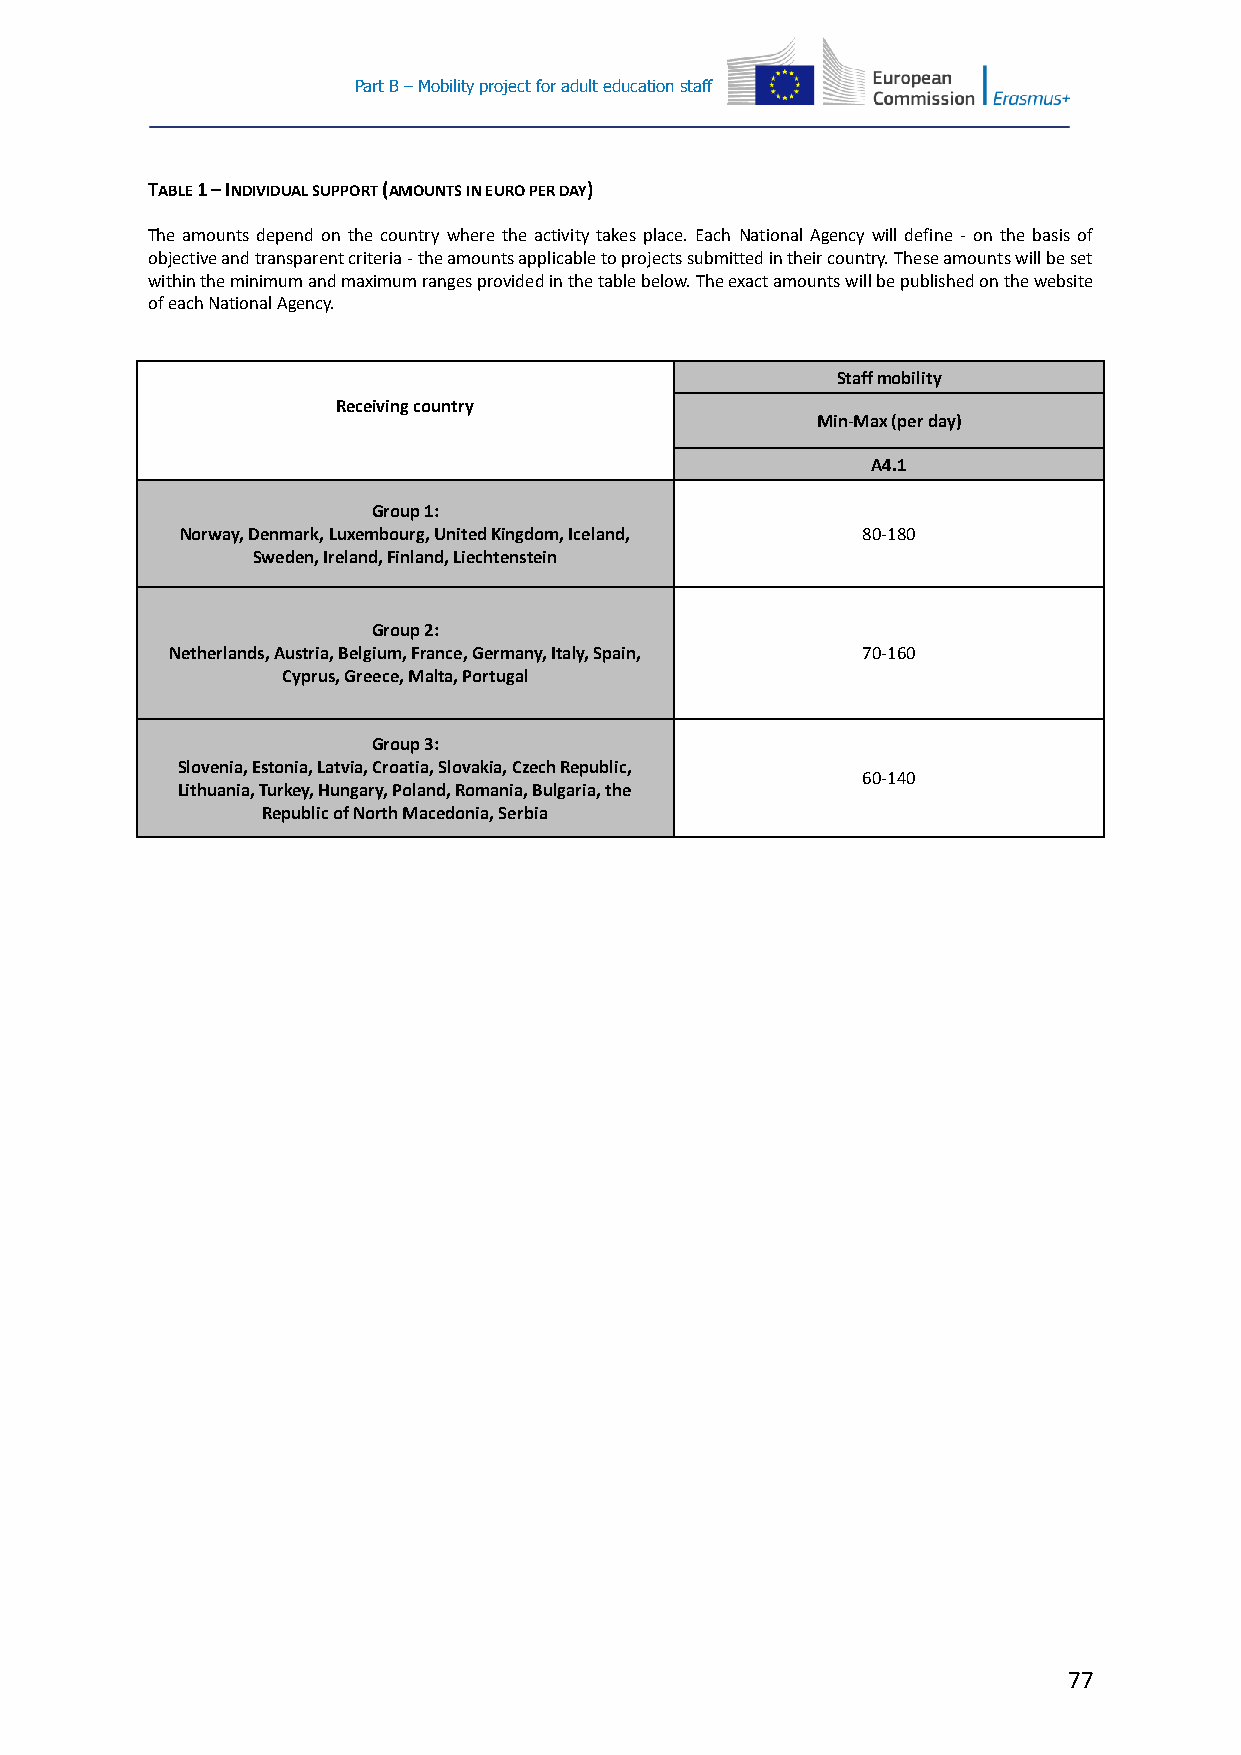
Part B – Mobility project for adult education staff
 TABLE 1 – INDIVIDUAL SUPPORT (AMOUNTS IN EURO PER DAY)
 The amounts depend on the country where the activity takes place. Each National Agency will define - on the basis of
 objective and transparent criteria - the amounts applicable to projects submitted in their country. These amounts will be set
 within the minimum and maximum ranges provided in the table below. The exact amounts will be published on the website
 of each National Agency.
 Staff mobility
 Receiving country
 Min-Max (per day)
 A4.1
 Group 1:
 Norway, Denmark, Luxembourg, United Kingdom, Iceland, 80-180
 Sweden, Ireland, Finland, Liechtenstein
 Group 2:
 Netherlands, Austria, Belgium, France, Germany, Italy, Spain, 70-160
 Cyprus, Greece, Malta, Portugal
 Group 3:
 Slovenia, Estonia, Latvia, Croatia, Slovakia, Czech Republic,
 60-140
 Lithuania, Turkey, Hungary, Poland, Romania, Bulgaria, the
 Republic of North Macedonia, Serbia
 77